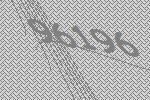
96196